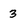
Character: 3